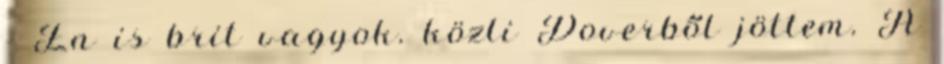
- Én is brit vagyok. közli Doverből jöttem. A